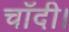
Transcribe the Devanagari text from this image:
चाँदी।